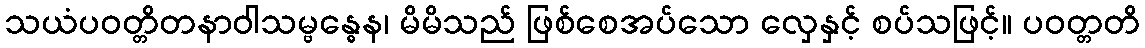
သယံပဝတ္တိတနာဝါသမ္ဗန္ဓေန၊ မိမိသည် ဖြစ်စေအပ်သော လှေနှင့် စပ်သဖြင့်။ ပဝတ္တတိ